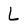
Character: L